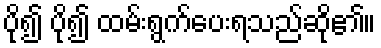
ပို၍ ပို၍ ထမ်းရွက်ပေးရသည်ဆို၏။